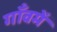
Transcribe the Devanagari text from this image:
गाँवमें